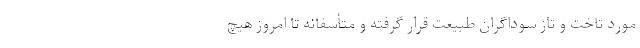
مورد تاخت و تاز سوداگران طبیعت قرار گرفته و متأسفانه تا امروز هیچ